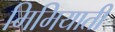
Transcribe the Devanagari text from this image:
मिमियाती